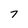
Character: 7